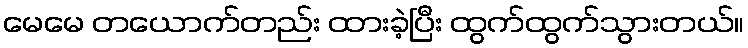
မေမေ တယောက်တည်း ထားခဲ့ပြီး ထွက်ထွက်သွားတယ်။